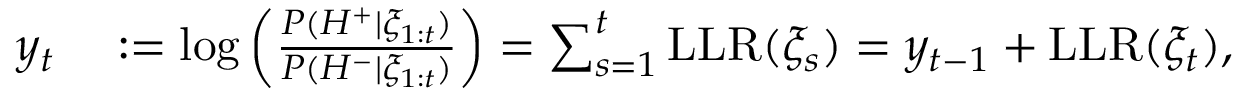
\begin{array} { r l } { y _ { t } } & { { } : = \log \left( \frac { P ( { H ^ { + } } | \xi _ { 1 : t } ) } { P ( { H ^ { - } } | \xi _ { 1 : t } ) } \right) = \sum _ { s = 1 } ^ { t } \mathrm { L L R } ( \xi _ { s } ) = y _ { t - 1 } + \mathrm { L L R } ( \xi _ { t } ) , } \end{array}